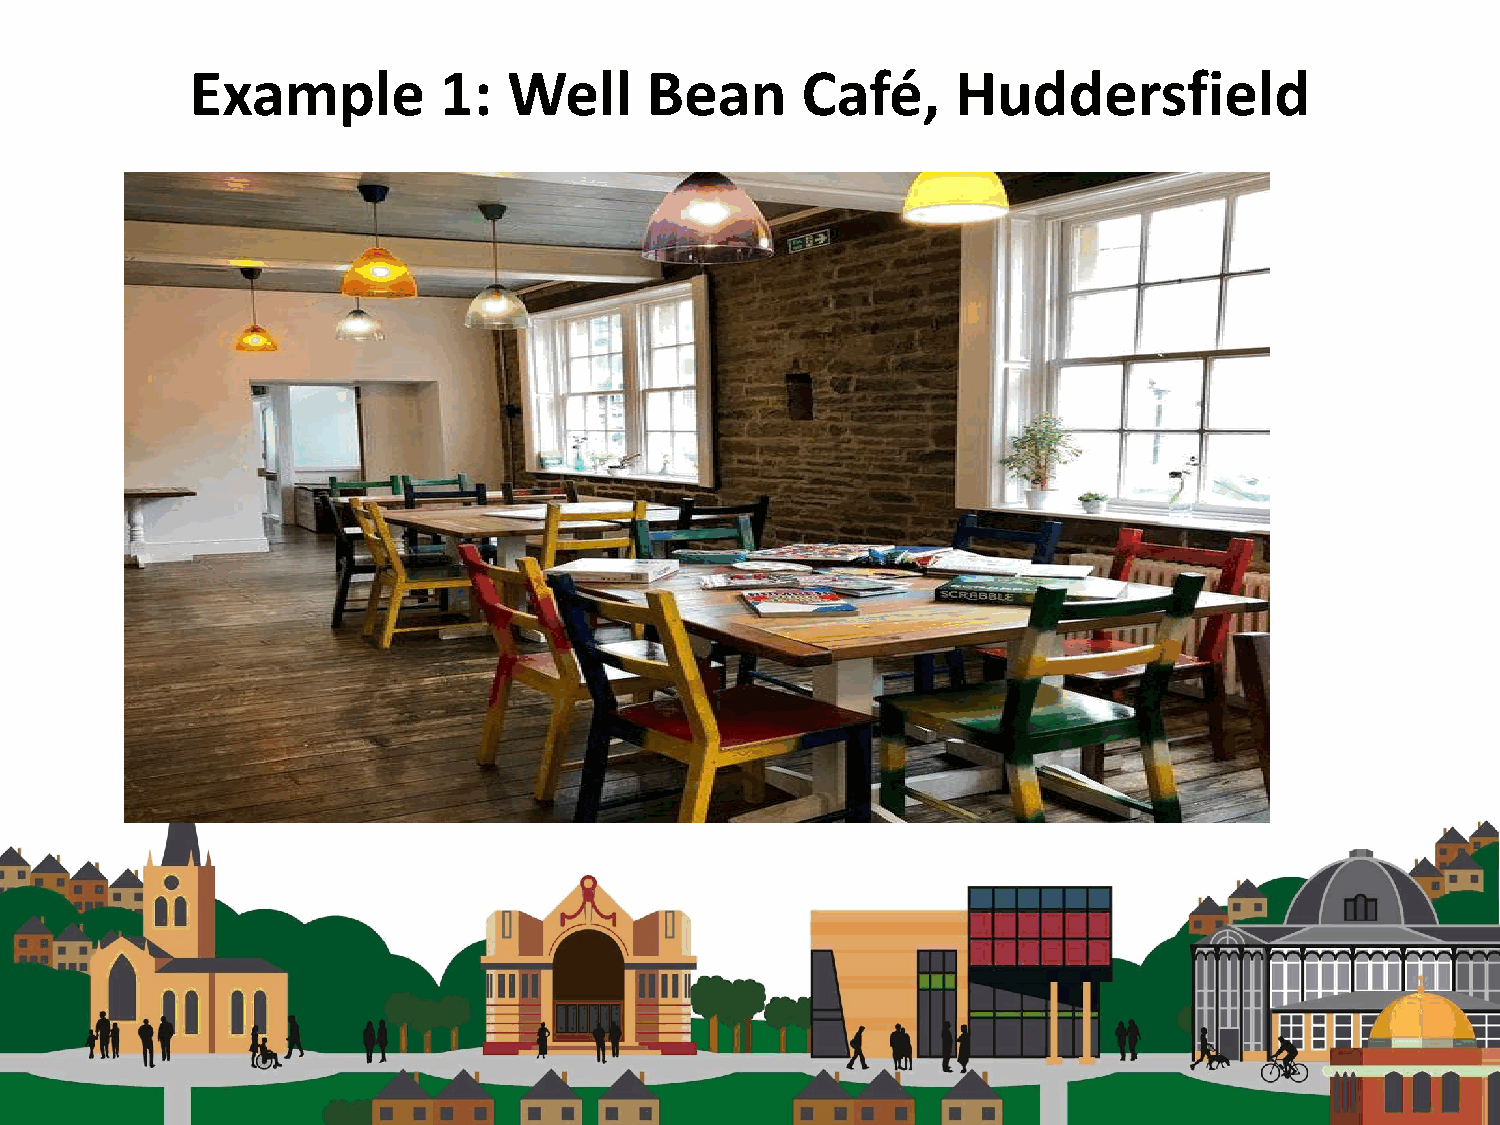
Example         1:   Well     Bean      Café,     Huddersfield